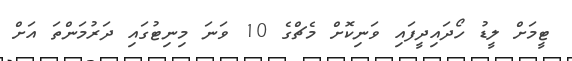
ޓީމަށް ލީޑު ހޯދައިދީފައި ވަނިކޮށް މެޗްގެ 10 ވަނަ މިނިޓުގައި ދަރުމަންތަ އަށް